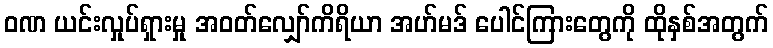
ဝဏ ယင်းလှုပ်ရှားမှု အဝတ်လျှော်ကိရိယာ အဟ်မဒ် ပေါင်ကြားတွေကို ထိုနှစ်အတွက်